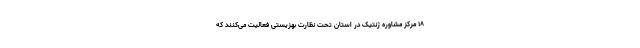
۱۸ مرکز مشاوره ژنتیک در استان تحت نظارت بهزیستی فعالیت می‌کنند که